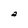
Character: a